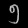
Digit: ၅